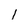
Character: l